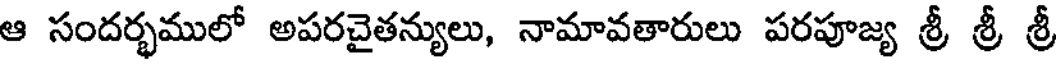
ఆ సందర్భములో అపరచైతన్యులు, నామావతారులు పరపూజ్య శ్రీ శ్రీ శ్రీ